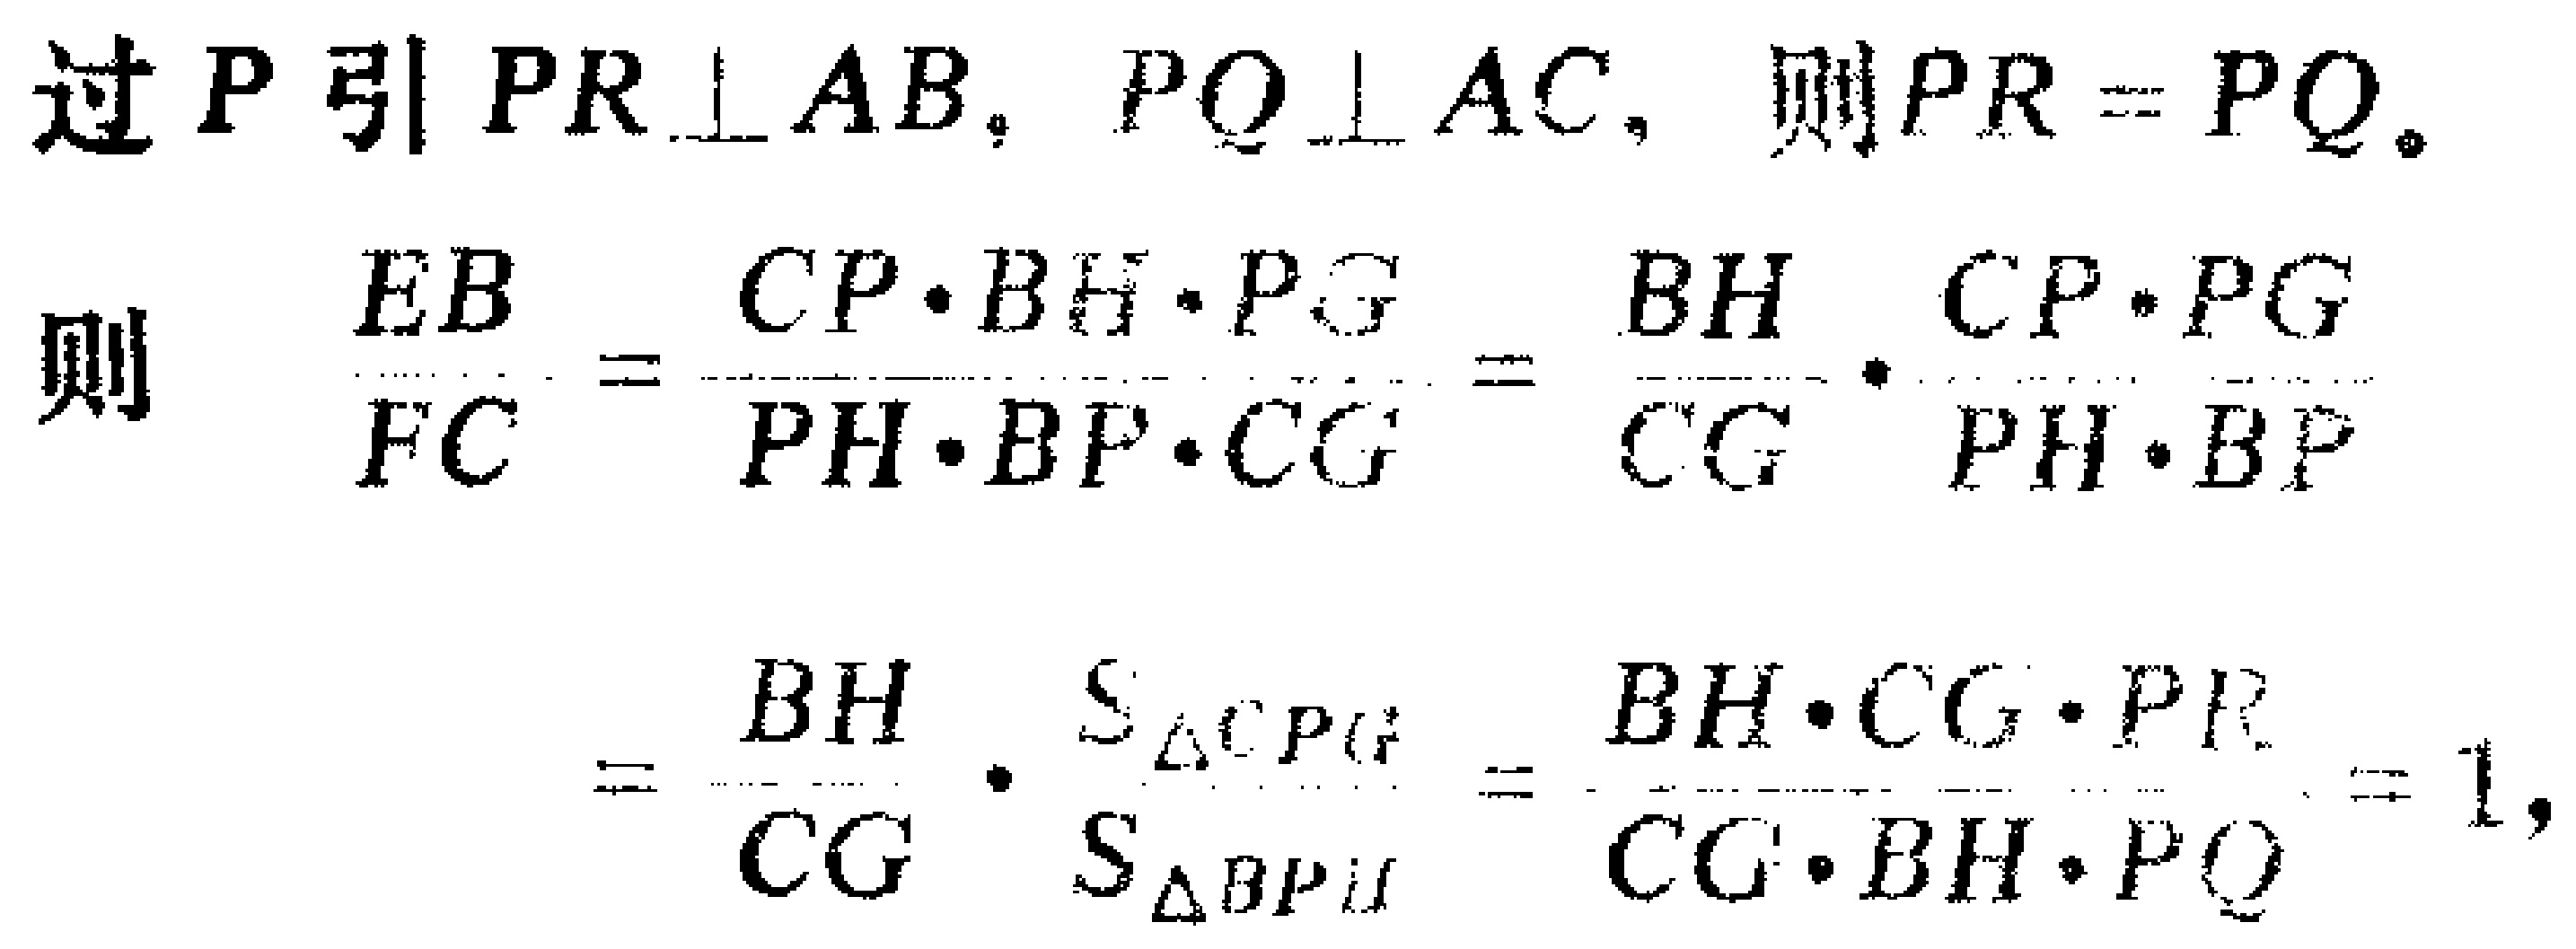
过 \(P\) 引 \(PR\perp AB\)，\(PQ\perp AC\)，则 \(PR = PQ\)。

则

\[\frac{EB}{FC}=\frac{CP\cdot BH\cdot PG}{PH\cdot BP\cdot CG}=\frac{BH}{CG}\cdot\frac{CP\cdot PG}{PH\cdot BP}\]

\[=\frac{BH}{CG}\cdot\frac{S_{\triangle CPG}}{S_{\triangle BPH}}=\frac{BH\cdot CG\cdot PR}{CG\cdot BH\cdot PQ}=1,\]